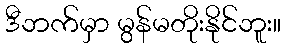
ဒီဘက်မှာ မွန်မတိုးနိုင်ဘူး။